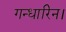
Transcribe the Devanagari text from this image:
गन्धारिन।